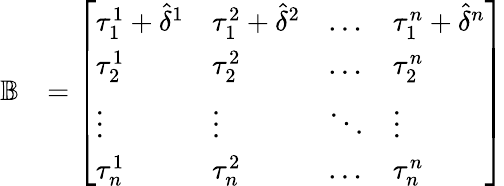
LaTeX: \begin{array}{rl}{\mathbb{B}}&{=\left[\begin{array}{llll}{\tau_{1}^{1}+\hat{\delta}^{1}}&{\tau_{1}^{2}+\hat{\delta}^{2}}&{\dots}&{\tau_{1}^{n}+\hat{\delta}^{n}}\\ {\tau_{2}^{1}}&{\tau_{2}^{2}}&{\dots}&{\tau_{2}^{n}}\\ {\vdots}&{\vdots}&{\ddots}&{\vdots}\\ {\tau_{n}^{1}}&{\tau_{n}^{2}}&{\dots}&{\tau_{n}^{n}}\end{array}\right]}\end{array}